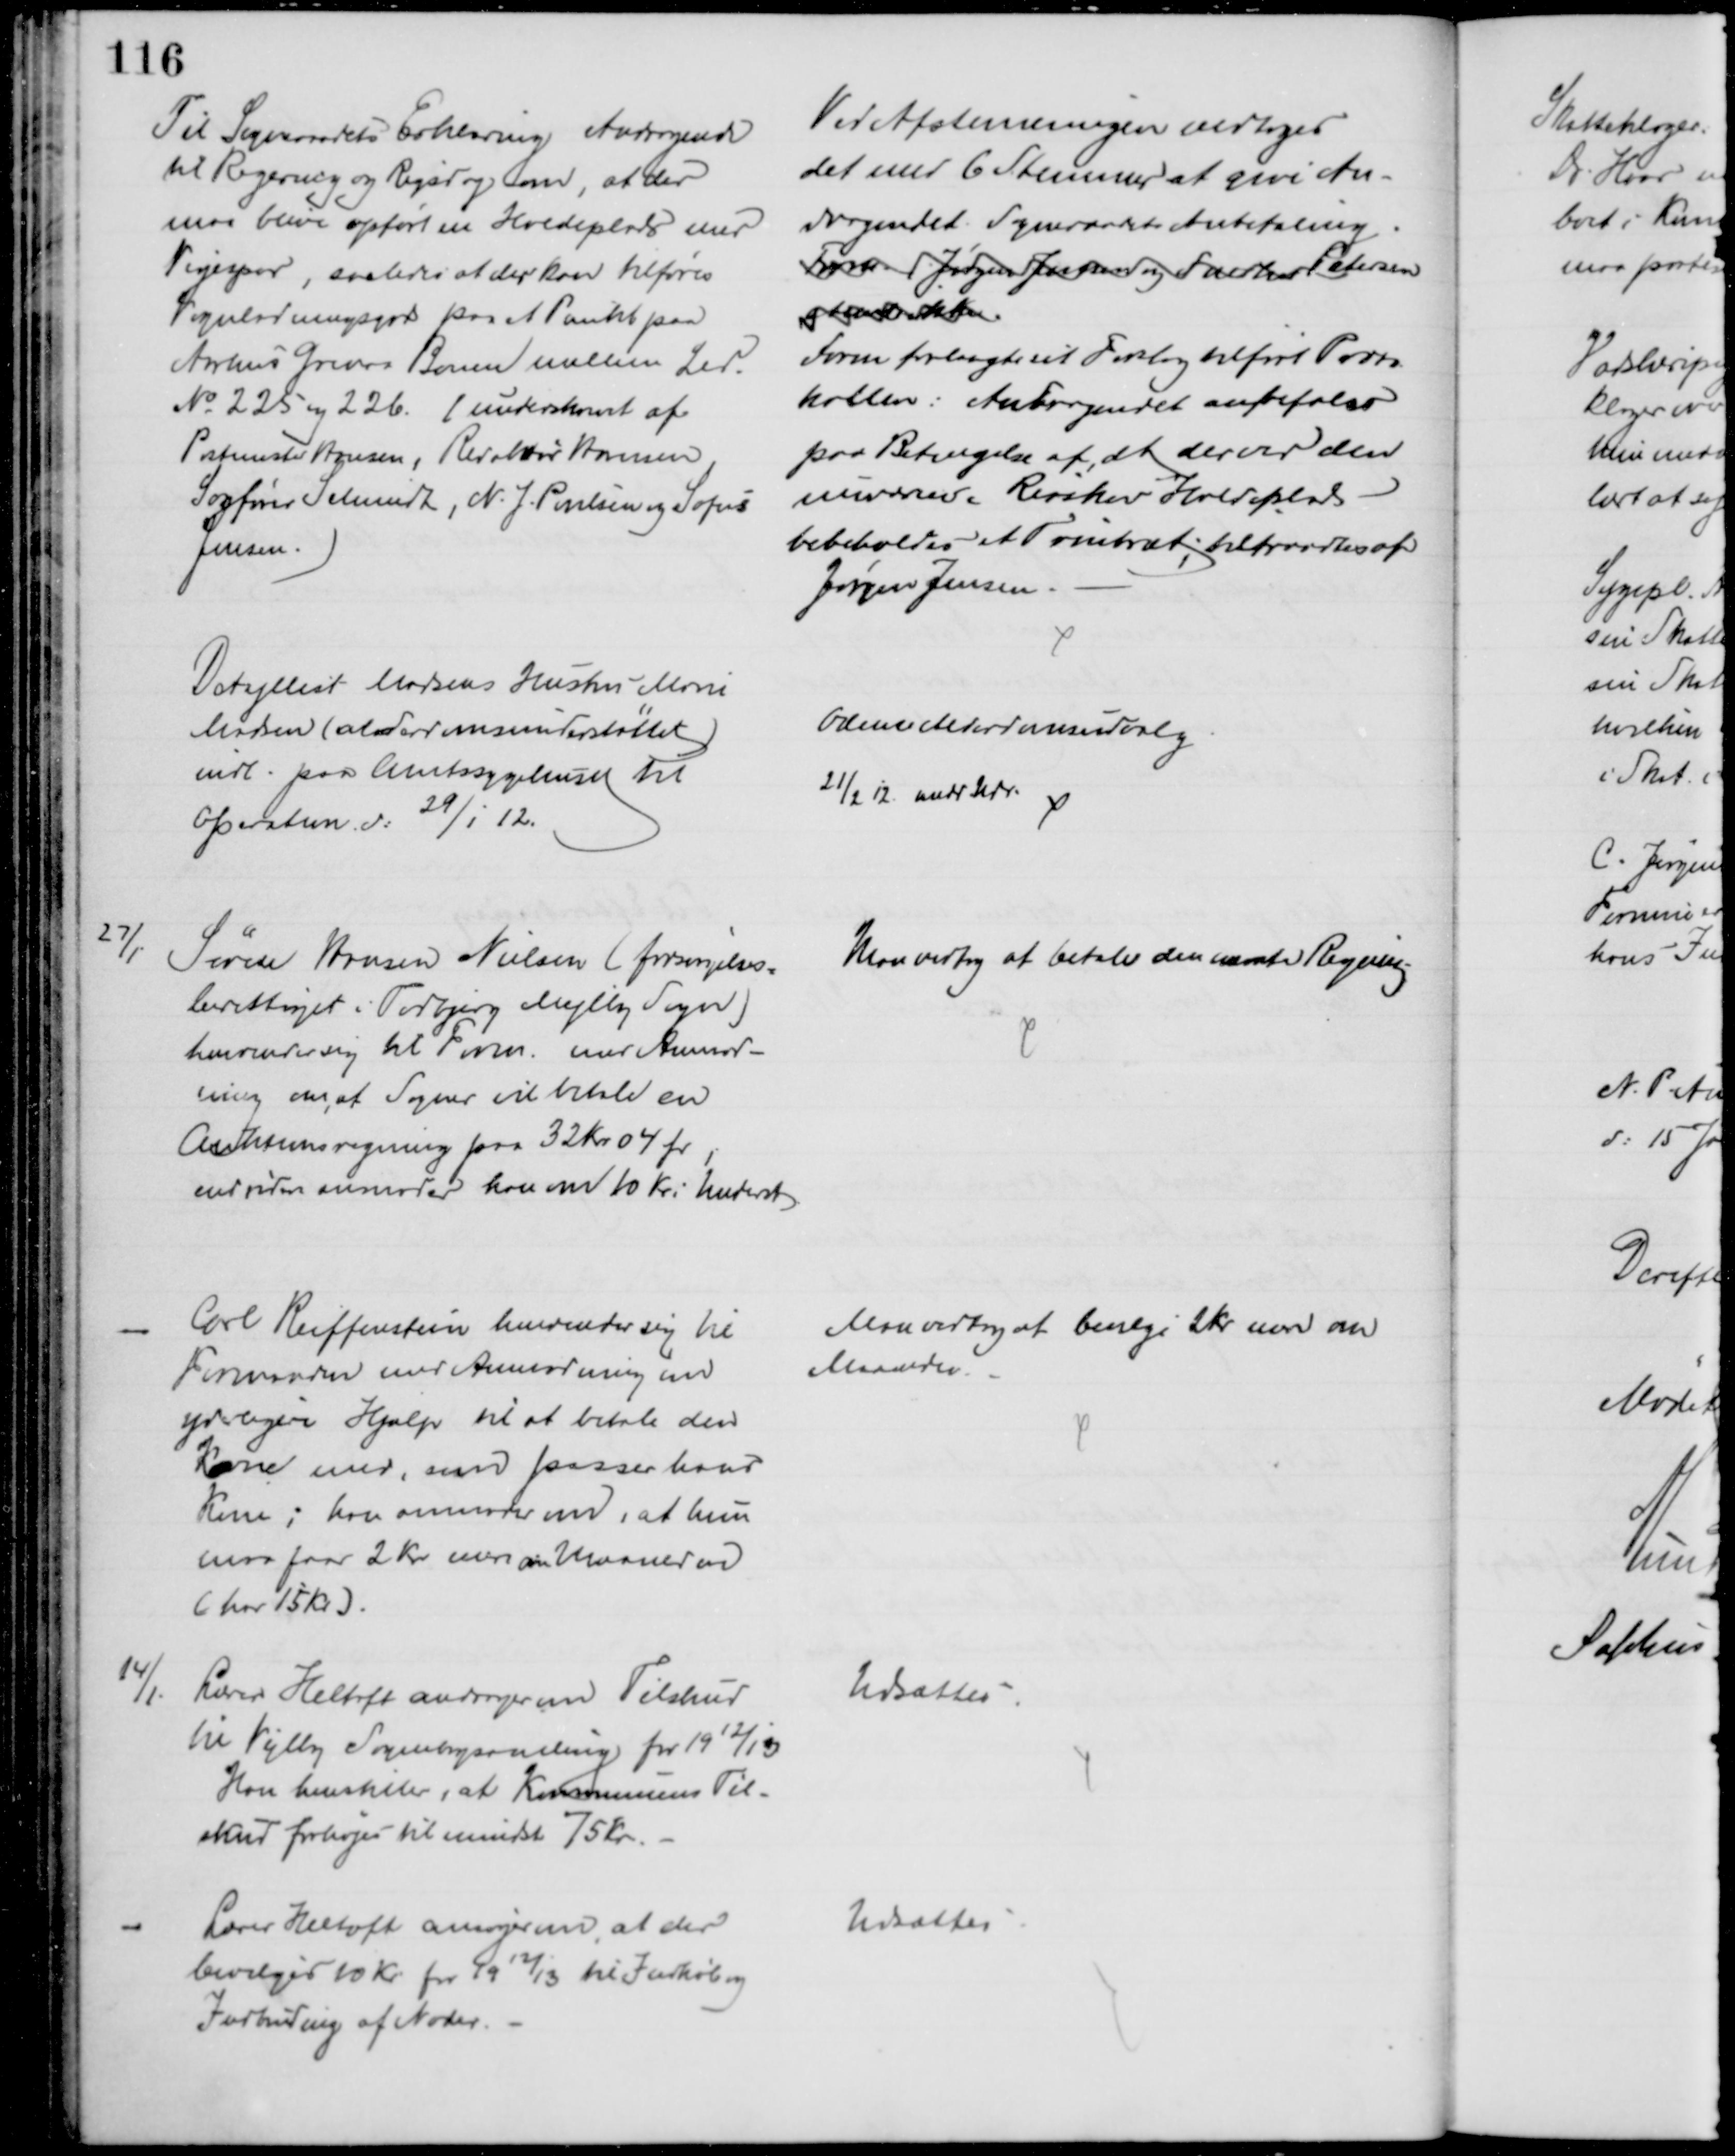
Transskription:
Til Sogneraadets Erklæring Andragende
til Regering og Rigsdag om, at der
maa blive opført en Holdeplads med 
Vigespor, saaledes at der kan tilføres
Vognladningsgods paa et Punkt paa
Aarhus Grenaa Banen mellem Led
№ 225 og 226. (underskrevet af
Postmester Hansen, Redaktør Hansen,
Sagfører Schmidt, N. J. Poulsen og Sofus
Jensen.)
Ved Afstemningen vedtoges
det med 6 Stemmer at give An-
dragendet Sogneraadets Anbefaling.
Form., Jørgen Jensen og Snedker Petersen
stemte ikke.
Form forlangte sit Forslag tilført Proto
kollen: Andragendet anbefales
paa Betingelse af, at der ved den
nuværende Risskov Holdeplads
bibeholdes et Trinbræt; tiltraadtes af
Jørgen Jensen.
Detajllist Madsens Hustru Marie
Madsen (alderdomsunderstøttet)
indl. paa Amtssygehuset til 
Operatien d. 29/1 12.
Odense Alderdomsudvalg
21/2 12 medd. Udv. 
27/1.
Søren Hansen Nielsen (forsørgelses-
berettiget i Todbjerg Mejlby Sogn)
henvender sig til Form. med Anmod-
ning om, at Sogner vil betale en
Auktionsregning paa 32 Kr. 04 Ør
endvidere anmoder han om 10 Kr i Underst.
Man vedtog at betale den nævnte Regning
Carl Reiffenstein henvender sig til 
Formanden med Anmodning om
yderligere Hjælp til at betale den
Kone med, som passer hans
Kone; han anmoder om, at hun
maa faa 2 Kr mere om Maaneden
(har 15 Kr).
Man vedtog at bevilge 2 Kr mere om
Maaneden.
14/1.
Lærer Heltoft andrager om Tilskud
til Vejlby Sognebogsamling for 1912/13
Han henstiller, at Kommunens Til-
skud forhøjes til mindst 75 Kr.
Udsættes.
Lærer Heltoft ansøger om, at der
bevilges 10 Kr for 1912/13 til Indkøb og
Indbinding af Noder.
Udsættes